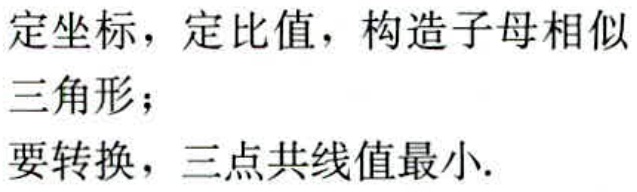
定坐标，定比值，构造子母相似
三角形；
要转换，三点共线值最小.